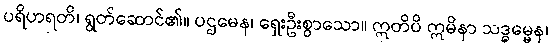
ပရိဟရတိ၊ ရွတ်ဆောင်၏။ ပဌမေန၊ ရှေးဦးစွာသော။ ဣတိပိ ဣမိနာ သဒ္ဓမ္မေန၊